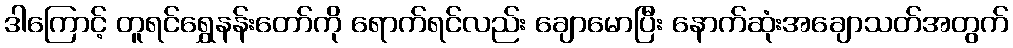
ဒါကြောင့် တူရင်ရွှေနန်းတော်ကို ရောက်ရင်လည်း ချောမောပြီး နောက်ဆုံးအချောသတ်အတွက်